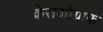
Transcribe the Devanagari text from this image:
क्रेसकोग्राफ